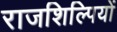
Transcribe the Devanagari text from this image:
राजशिल्पियों